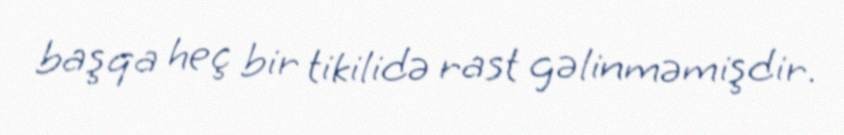
başqa heç bir tikilidə rast gəlinməmişdir.